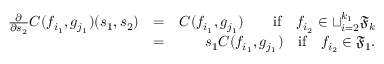
\begin{array} { r l r } { \frac { \partial } { \partial s _ { 2 } } C ( f _ { i _ { 1 } } , g _ { j _ { 1 } } ) ( s _ { 1 } , s _ { 2 } ) } & { = } & { C ( f _ { i _ { 1 } } , g _ { j _ { 1 } } ) \quad \quad \mathrm { i f } \quad f _ { i _ { 2 } } \in \sqcup _ { i = 2 } ^ { k _ { 1 } } { \mathfrak { F } } _ { k } } \\ & { = } & { s _ { 1 } C ( f _ { i _ { 1 } } , g _ { j _ { 1 } } ) \quad \mathrm { i f } \quad f _ { i _ { 2 } } \in { \mathfrak { F } } _ { 1 } . } \end{array}